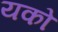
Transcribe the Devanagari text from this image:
यको